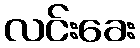
လင်းခေး